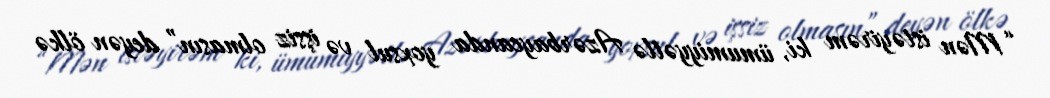
“Mən istəyirəm ki, ümumiyyətlə Azərbaycanda yoxsul və işsiz olmasın” deyən ölkə